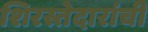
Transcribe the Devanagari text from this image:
शिरस्तेदारांची